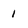
Character: 1